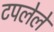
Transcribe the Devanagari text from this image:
टपलेले